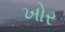
ખોર